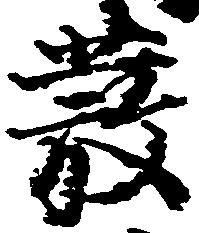
発